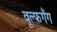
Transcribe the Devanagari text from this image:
वूल्फ़गैंग